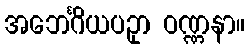
အဘေင်္ဂိယပဥှာ ဝဏ္ဏနာ။